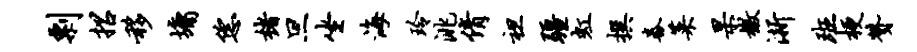
剽招移墉恁楮旦坐海玲洮倩袒疆虹撰舂菜杲檄浙班梗赞